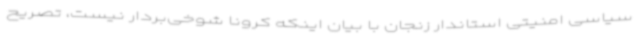
سیاسی امنیتی استاندار زنجان با بیان اینکه کرونا شوخی‌بردار نیست، تصریح